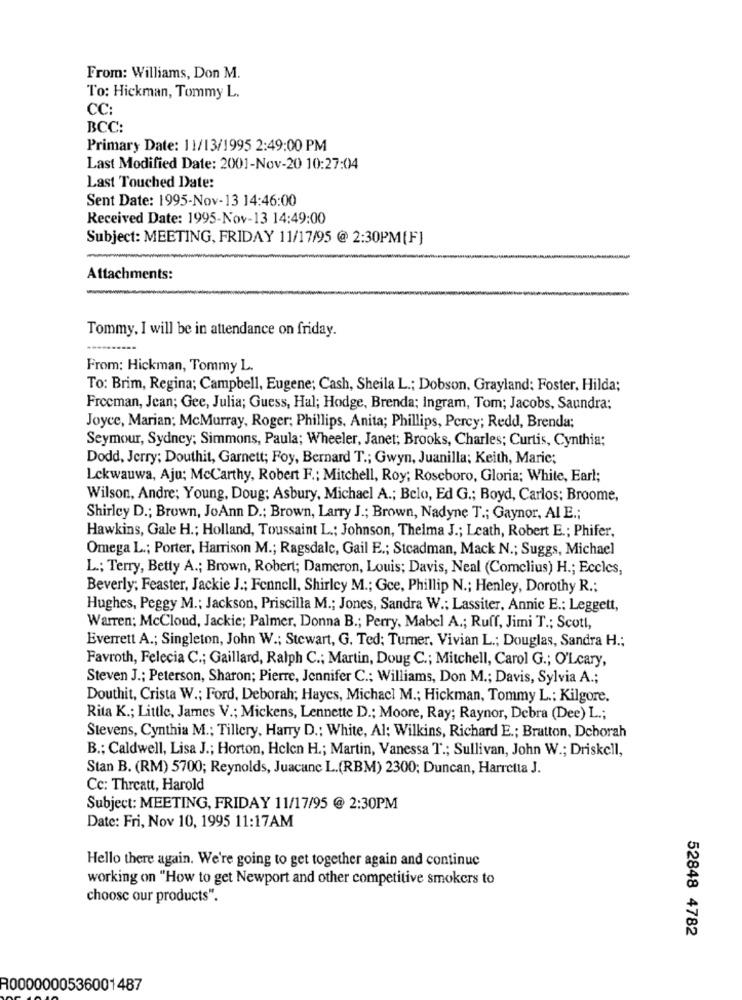
From: Williams, Don M.
To: Hickman, Tommy L.
CC:
BCC:
Primary Date: 11/13/1995 2:49:00 PM
Last Modified Date: 2001-Nov-20 10:27:04
Last Touched Date:
Sent Date: 1995-Nov-13 14:46:00
Received Date: 1995-Nov-13 14:49:00
Subject: MEETING, FRIDAY 11/17/95 @ 2:30PM[F]
Attachments:
Tommy, I will be in attendance on friday.
From: Hickman, Tommy L.
To: Brim, Regina; Campbell, Eugene; Cash, Sheila L .; Dobson, Grayland: Foster, Hilda;
Freeman, Jean; Gee, Julia; Guess, Hal; Hodge, Brenda; Ingram, Tom; Jacobs, Saundra;
Joyce, Marian; McMurray, Roger; Phillips, Anita; Phillips, Percy; Redd, Brenda;
Seymour, Sydney; Simmons, Paula; Wheeler, Janet; Brooks, Charles; Curtis, Cynthia;
Dodd, Jerry; Douthit, Garnett; Foy, Bernard T .; Gwyn, Juanilla; Keith, Maric;
Lekwauwa, Aju; Mccarthy, Robert F .; Mitchell, Roy; Roseboro, Gloria; White, Earl;
Wilson, Andre; Young, Doug: Asbury, Michael A .; Belo, Ed G .; Boyd, Carlos: Broome,
Shirley D .; Brown, JoAnn D .; Brown, Larry J .; Brown, Nadyne T .; Gaynor, AI E .;
Hawkins, Gale H .; Holland, Toussaint L .; Johnson, Thelma J .; Leath, Robert E .; Phifer,
Omega L .; Porter, Harrison M .; Ragsdale, Gail E .; Stcadman, Mack N .; Suggs, Michael
L .; Terry, Betty A .; Brown, Robert; Dameron, Louis; Davis, Neal (Comclius) H .; Eccles,
Beverly; Feaster, Jackie J .; Fennell, Shirley M .; Gce, Phillip N .; Henley, Dorothy R .;
Hughes, Peggy M .: Jackson, Priscilla M .; Jones, Sandra W .; Lassiter, Annic E .: Leggett,
Warren; McCloud, Jackie; Palmer, Donna B .; Perry, Mabel A .; Ruff, Jimi T .; Scott,
Everrett A .; Singleton, John W .; Stewart, G. Ted; Turner. Vivian L .; Douglas, Sandra H .;
Favroth, Felecia C .; Gaillard, Ralph C .; Martin, Doug C .; Mitchell, Carol G .; O'Lcary,
Steven J .; Peterson, Sharon; Pierre, Jennifer C .; Williams, Don M .; Davis, Sylvia A .;
Douthit, Crista W .; Ford, Deborah; Haycs, Michacl M .; Hickman, Tommy L .: Kilgore.
Rita K .; Little, James V .; Mickens, Lennette D .; Moore, Ray; Raynor, Debra (Dee) L .;
Stevens, Cynthia M .; Tillery, Harry D .: White, Al: Wilkins, Richard E .; Bratton, Deborah
B .; Caldwell, Lisa J .; Horton, Helen H .; Martin, Vanessa T .; Sullivan, John W .; Driskell,
Stan B. (RM) 5700; Reynolds, Juacanc L.(RBM) 2300; Duncan, Harretta J.
Cc: Threatt, Harold
Subject: MEETING, FRIDAY 11/17/95 @ 2:30PM
Date: Fri, Nov 10, 1995 11:17AM
Hello there again. We're going to get together again and continue
working on "How to get Newport and other competitive smokers to
choose our products".
52848 4782
R0000000536001487